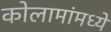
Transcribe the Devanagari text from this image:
कोलामांमध्ये